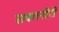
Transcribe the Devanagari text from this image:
तकानोरी